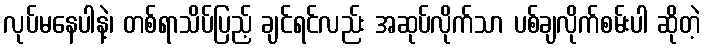
လုပ်မနေပါနဲ့၊ တစ်ရာသိပ်ပြည့် ချင်ရင်လည်း အဆုပ်လိုက်သာ ပစ်ချလိုက်စမ်းပါ ဆိုတဲ့